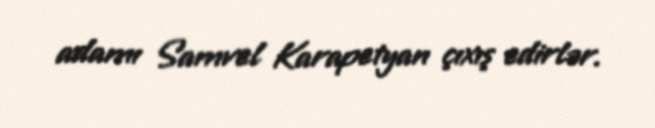
adamı Samvel Karapetyan çıxış edirlər.